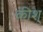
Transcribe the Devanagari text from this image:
कीश्